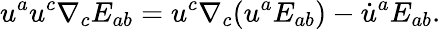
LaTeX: u^{a}u^{c}\nabla_{c}E_{ab}=u^{c}\nabla_{c}(u^{a}E_{ab})-\dot{u}^{a}E_{ab}.